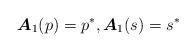
LaTeX: \begin{align*}\boldsymbol{A}_1(p)=p^*,\boldsymbol{A}_1(s)=s^*\end{align*}